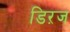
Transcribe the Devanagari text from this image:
डिऱज